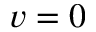
v = 0